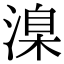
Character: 㴪